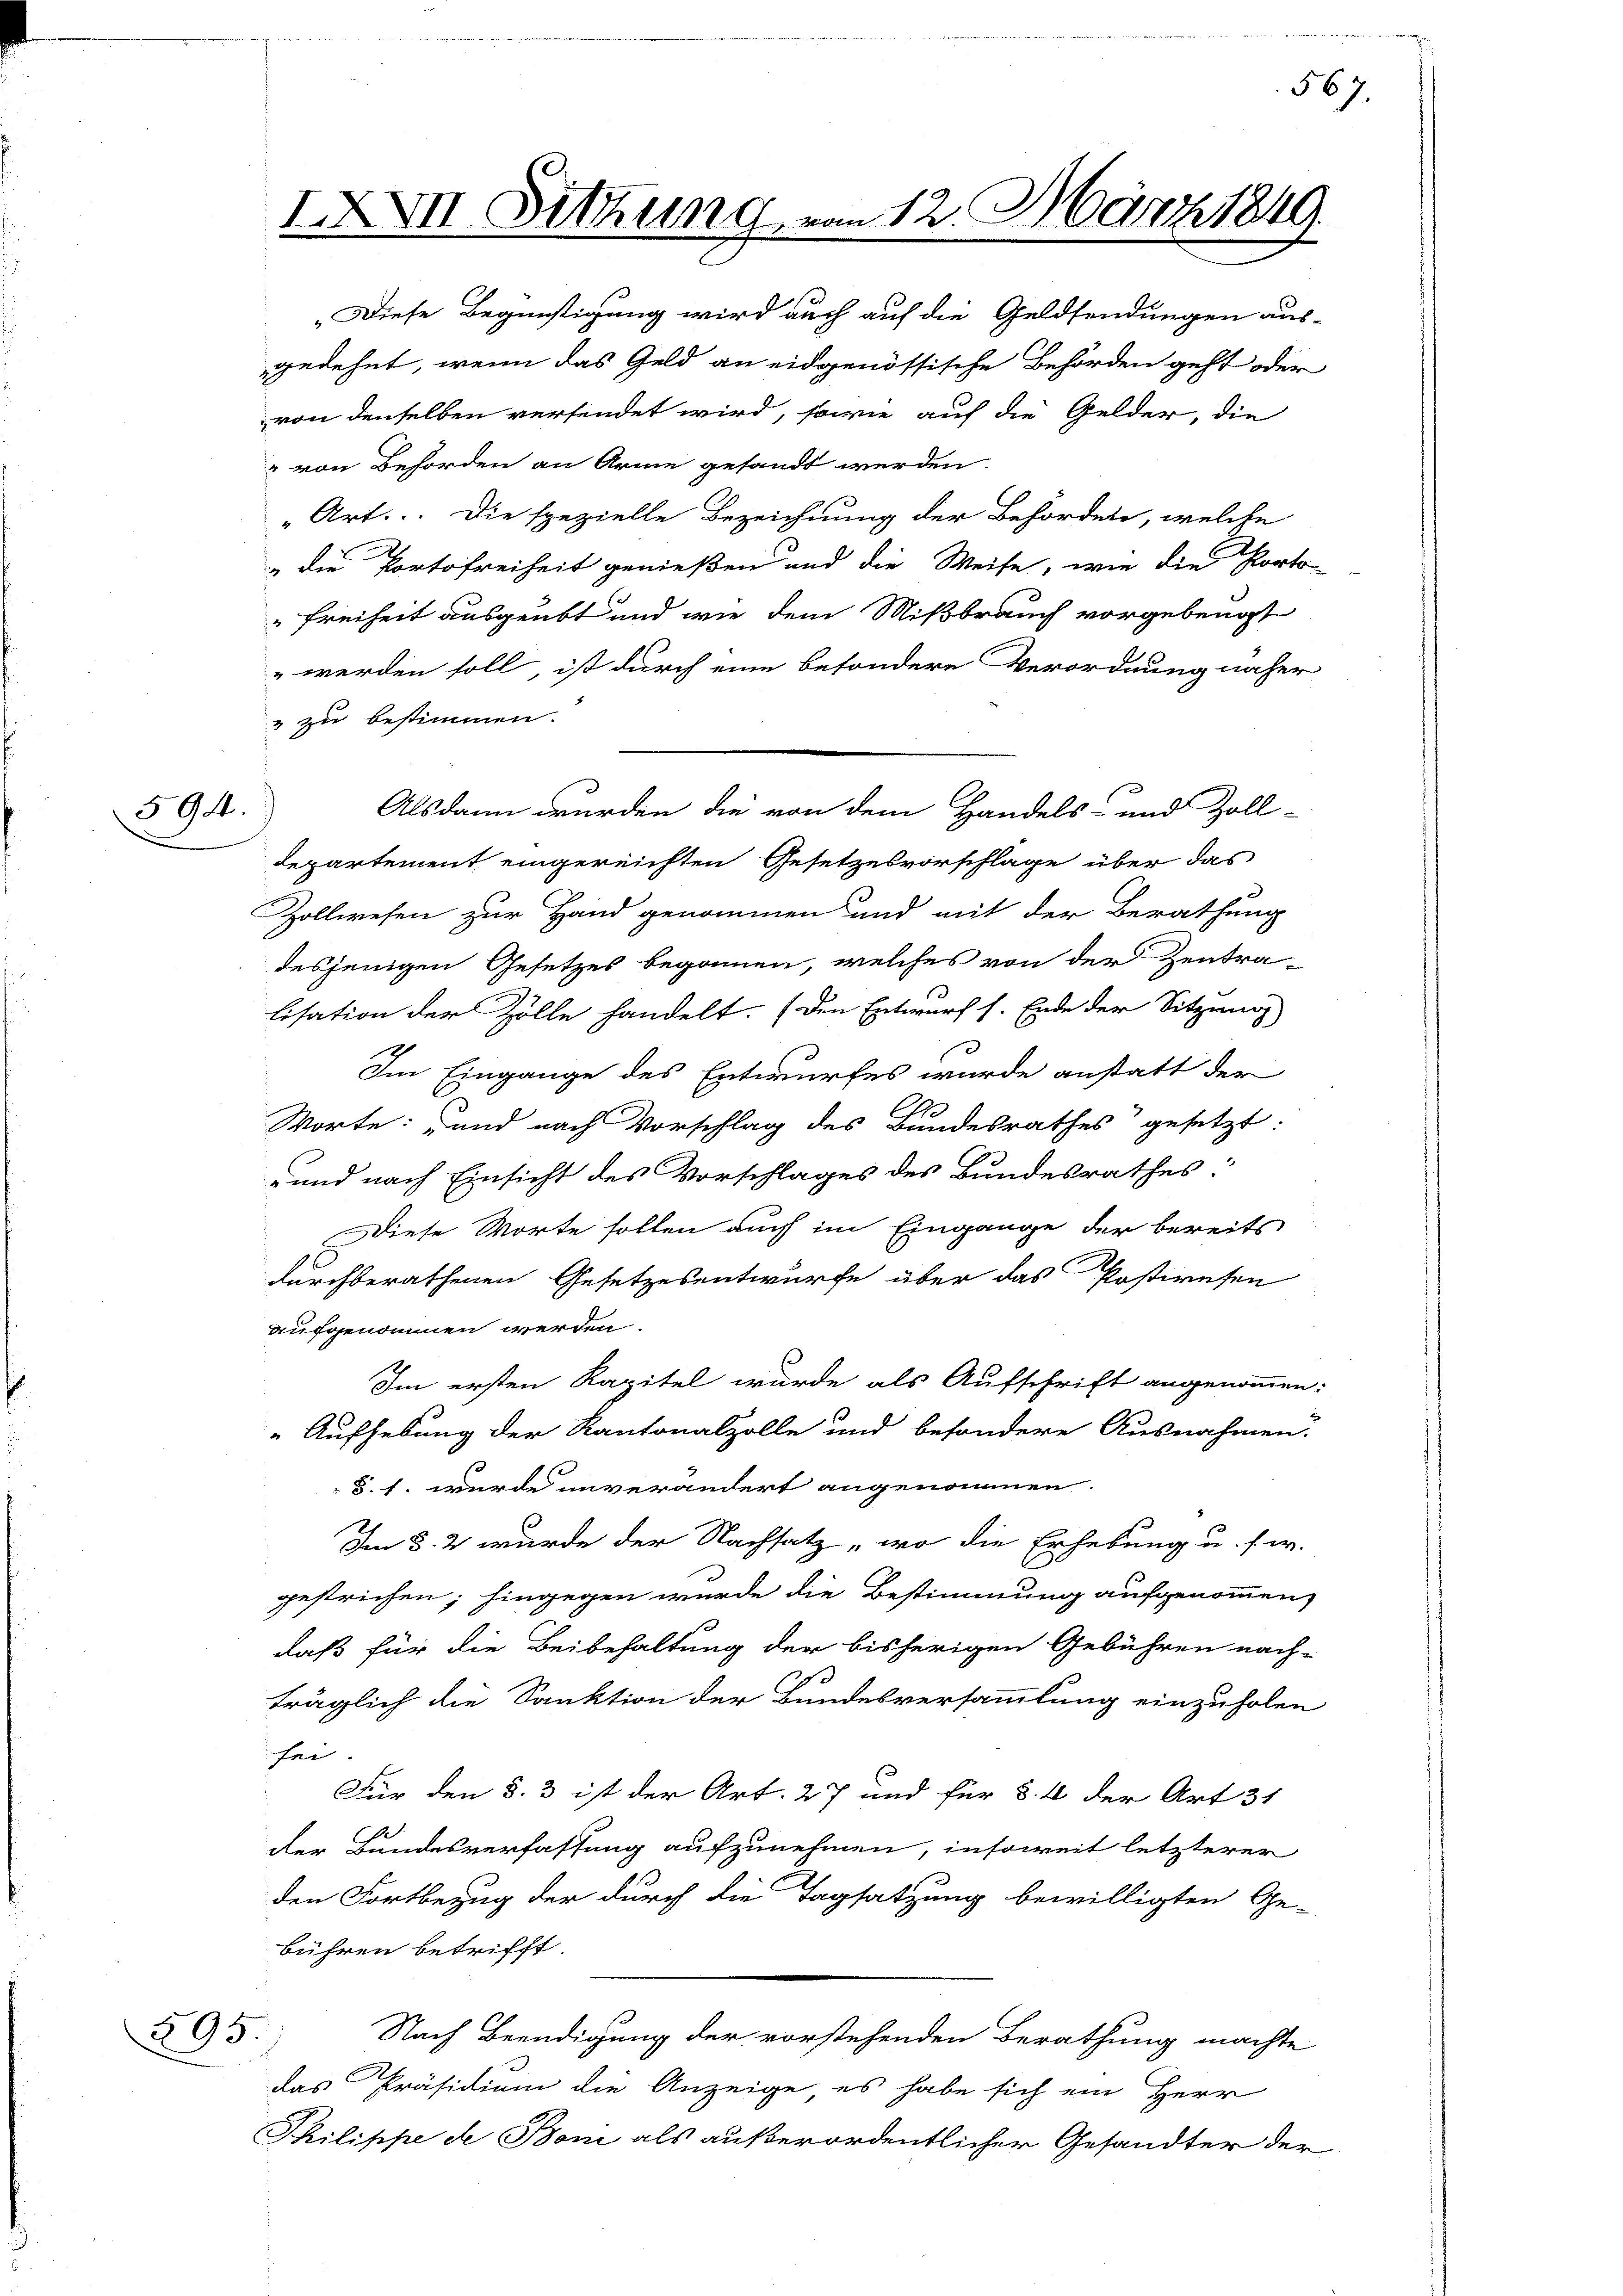
594.

Diese Begünstigung wird auch auf die Geldsendungen aus-
gedehnt, wenn das Geld an eidgenössische Behörden geht oder
von denselben versendet wird, sowie auf die Gelder, die
" von Behörden an Arme gesandt werden.
Art. Die spezielle Bezeichnung der Behörden, welche
 die Portofreiheit genießen und die Weise, wie die Porto
"Freiheit ausgeübt und wie dem Mißbrauch vorgebeugt
werden soll, ist durch eine besondere Verordnung näher
" zu bestimmen.
departement eingereichten Gesetzesvorschlage über das
Zollwesen zur Hand genommen und mit der Berathung
desjenigen Gesetzes begonnen, welches von der Zentra-
lisation der Zölle handelt. (den Entwurf s. Ende der Sitzung
Im Eingange des Entwurfes wurde anstatt der
Worte: und nach Vorschlag des Bundesrathes gesetzt:
und nach Einsicht des Vorschlages des Bundesrathes:
 Diese Worte sollen auch im Eingange der bereits
durchberathenen Gesetzesentwurfe über das Postireten
aufgenommen werden.
Im ersten Kapitel wurde als Aufschrift angenommen
Aufhebung der Kantonalzolle und besondere Ausnahmen.
§. 1. wurde unverändert angenommen.
Im §. 2. wurde der Nachsatz „wo die Erhebung u. s. w.
gestrichen; hingegen wurde die Bestimmung aufgenommen,
daß für die Beibehaltung der bisherigen Gebühren nach-
träglich die Sanktion der Bundesversammlung einzuholen
fei.
Für den §. 3 ist der Art. 27 und für §. 1 der Art. 31
der Bundesverfassung aufzunehmen, insoweit letzterer
den Fortbezug der durch die Tagsatzung bewilligten Ge-
bühren betrifft.
595
Nach Beendigung der vorstehenden Berathung machte
das Präsidium die Anzeige, es habe sich ein Herr
Philippe de Boni als außerordentlicher Gesandter der

IXXVII Sitzung, von 12. März 184

Alsdann wurden die von dem Handels- und Zoll-

567.